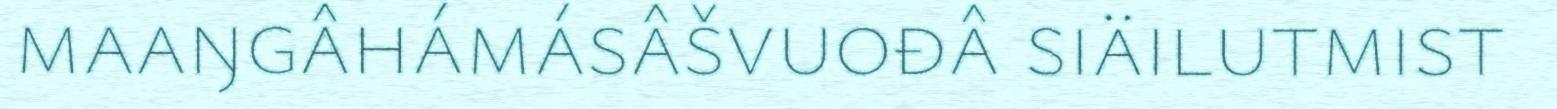
maaŋgâhámásâšvuođâ siäilutmist